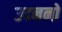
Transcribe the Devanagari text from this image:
उदननो